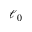
\ell _ { 0 }